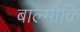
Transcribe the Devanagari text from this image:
बाल्‍मीकि